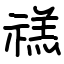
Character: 禚